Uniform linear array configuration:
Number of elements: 12
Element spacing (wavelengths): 0.25
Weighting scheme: binomial
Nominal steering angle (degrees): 60
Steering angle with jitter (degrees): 59.171
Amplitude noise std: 0.05
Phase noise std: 0.05

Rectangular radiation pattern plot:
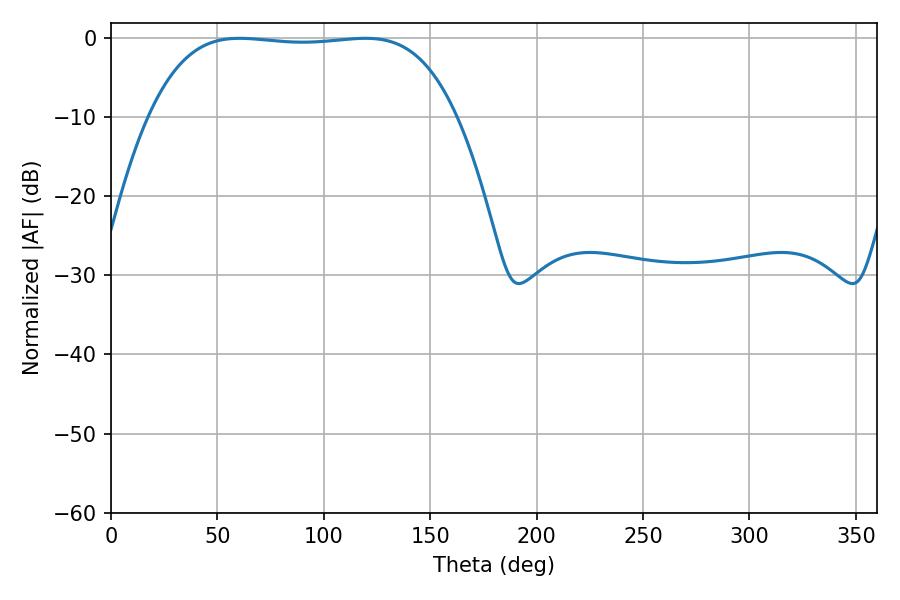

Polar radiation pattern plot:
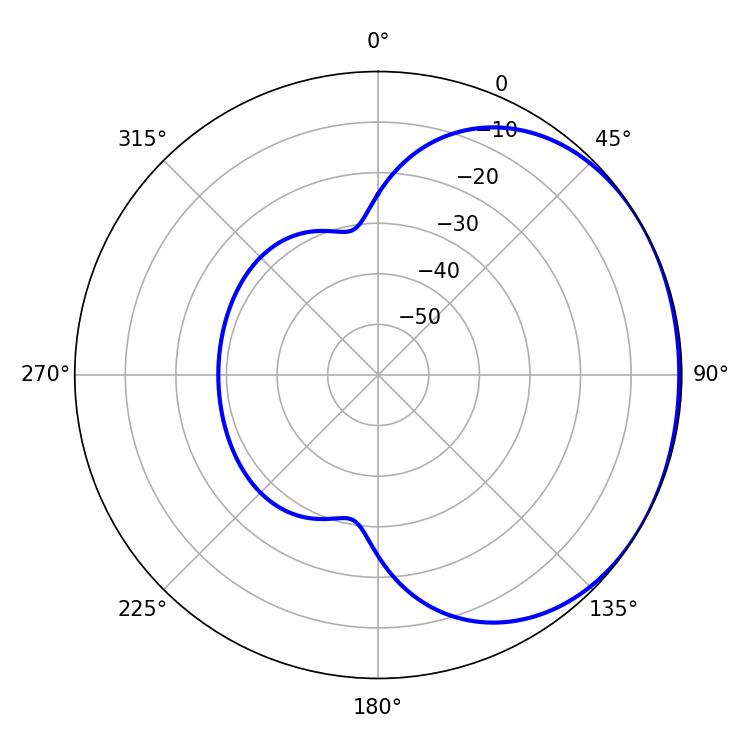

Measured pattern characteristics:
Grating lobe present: FALSE
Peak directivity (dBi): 1.018
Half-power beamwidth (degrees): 113.04
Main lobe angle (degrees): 60.48